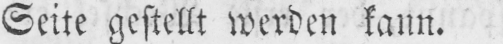
Seite gestellt werden kann.